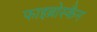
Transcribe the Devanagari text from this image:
फाइब्रोस्कैन